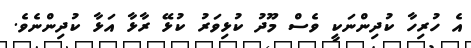
އެ ހުރިހާ ކުދިންނަކީ ވެސް މޫދު ކުޅިވަރު ކުޅޭ ރާޅާ އަޅާ ކުދިންނެވެ.